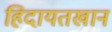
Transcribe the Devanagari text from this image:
हिदायतखान